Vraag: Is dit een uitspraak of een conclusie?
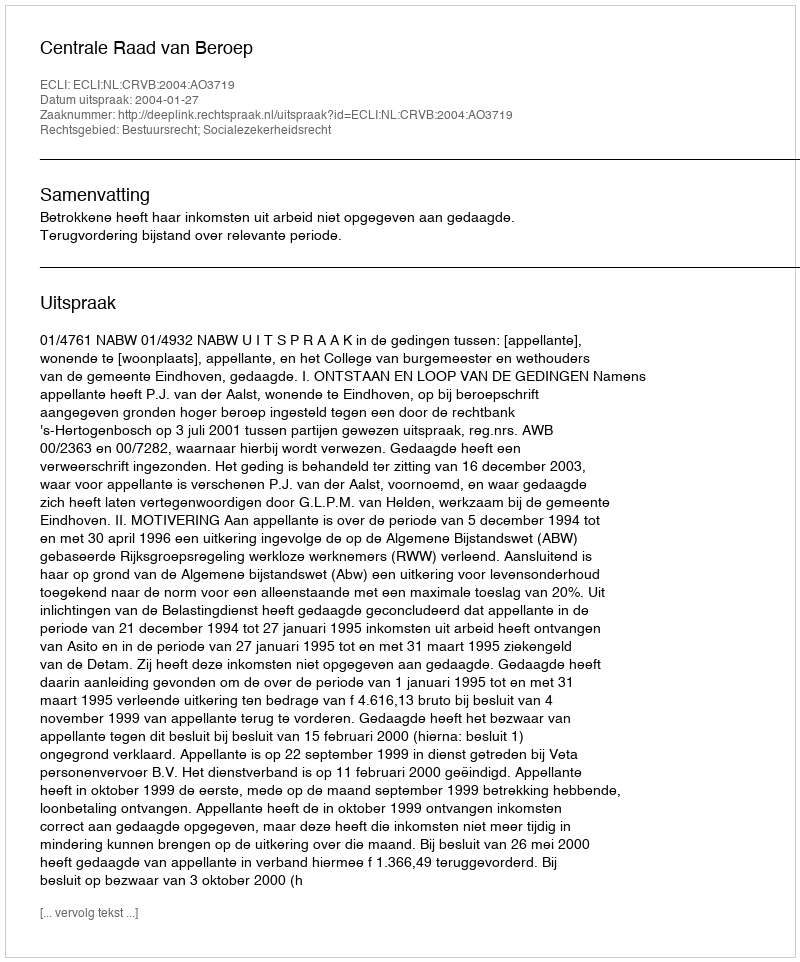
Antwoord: Uitspraak